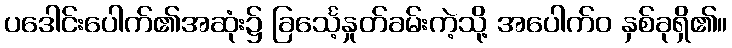
ပဒေါင်းပေါက်၏အဆုံး၌ ခြင်္သေ့နှုတ်ခမ်းကဲ့သို့ အပေါက်ဝ နှစ်ခုရှိ၏။